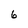
Character: 6